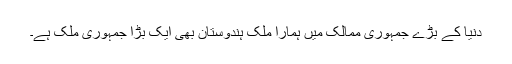
دنیا کے بڑے جمہوری ممالک میں ہمارا ملک ہندوستان بھی ایک بڑا جمہوری ملک ہے۔